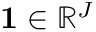
\mathbf { 1 } \in \mathbb { R } ^ { J }